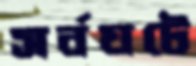
সর্বঘটে